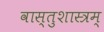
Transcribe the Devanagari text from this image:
वास्तुशास्त्रम्‌